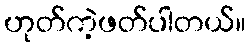
ဟုတ်ကဲ့ဖတ်ပါတယ်။